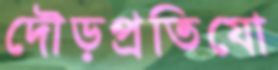
দৌড়প্রতিযো